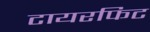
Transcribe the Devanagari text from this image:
टायरफिट